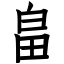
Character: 畠